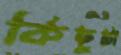
কিছুটা